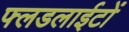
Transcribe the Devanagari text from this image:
फ्लडलाईटों